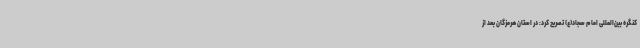
کنگره بین‌المللی امام سجاد(ع) تصریح کرد: در استان هرمزگان بعد از